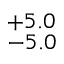
^ { + 5 . 0 } _ { - 5 . 0 }